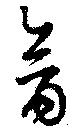
禽